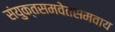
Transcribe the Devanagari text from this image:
संयुक्तसमवेतसमवाय